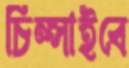
চিম্‌সাইবে